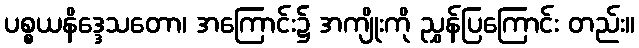
ပစ္စယနိဒ္ဒေသတော၊ အကြောင်း၌ အကျိုးကို ညွှန်ပြကြောင်း တည်း။